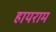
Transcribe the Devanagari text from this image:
हायराम